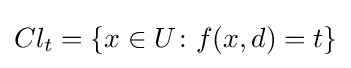
Cl_{t}=\{x\in U\colon f(x,d)=t\}